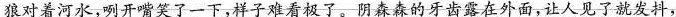
”狼对着河水，咧开嘴笑了一下，样子难看极了。阴森森的牙齿露在外面，让人见了就发抖，